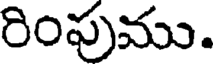
రింపుము.